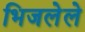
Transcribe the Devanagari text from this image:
भिजलेले